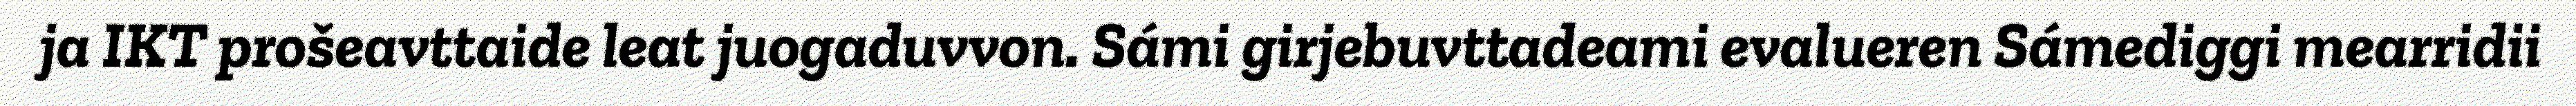
ja IKT prošeavttaide leat juogaduvvon. Sámi girjebuvttadeami evalueren Sámediggi mearridii